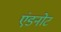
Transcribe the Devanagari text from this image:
एंडनोट